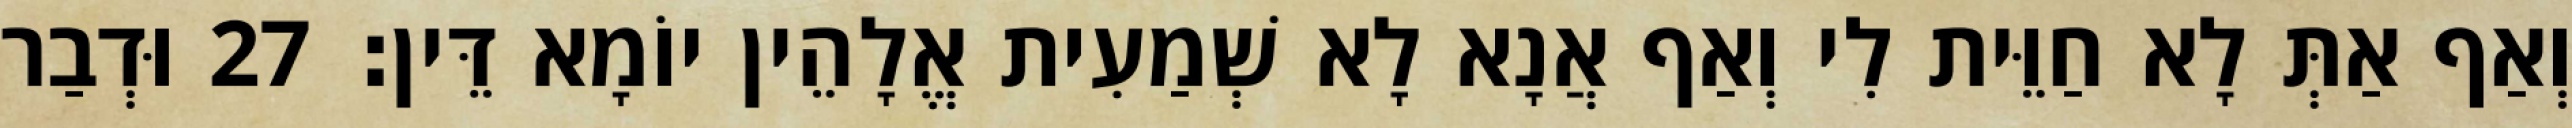
וְאַף אַתְּ לָא חַוֵּית לִי וְאַף אֲנָא לָא שְׁמַעִית אֱלָהֵין יוֹמָא דֵּין׃ 27 וּדְבַר